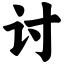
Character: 讨